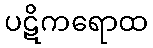
ပဋိကရောထ